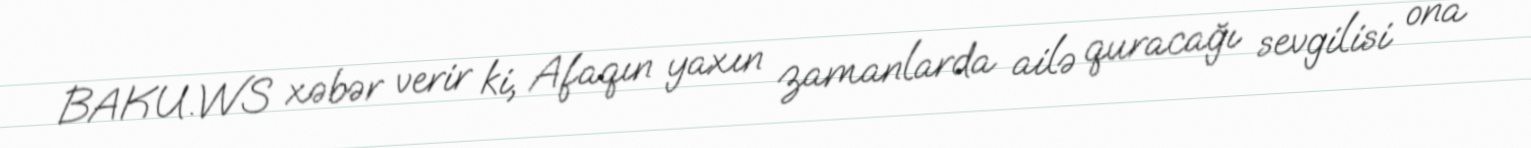
BAKU.WS xəbər verir ki, Afaqın yaxın zamanlarda ailə quracağı sevgilisi ona